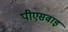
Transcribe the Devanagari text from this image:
पीएसवाइ